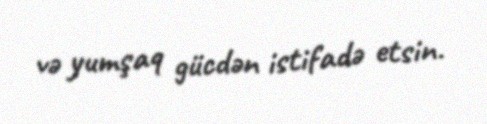
və yumşaq gücdən istifadə etsin.